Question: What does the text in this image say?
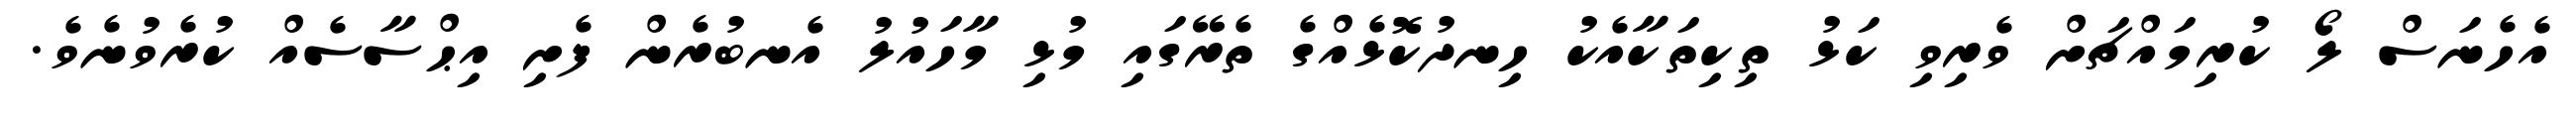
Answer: އެހެނަސް ލޯ ކުރިމައްޗަށް ވެރިވި ކަޅު ތިކިތަކާއެކު ހިނދުކޮޅެއްގެ ތެރޭގައި މުޅި މާހައުލު އެނބުރެން ފެށި އިޙްސާސެއް ކުރެވުނެވެ.